General report no. 6 on the lunatic asylums, vaccination and dispensaries in the Bengal Presidency, 1873 -
Year: 1873
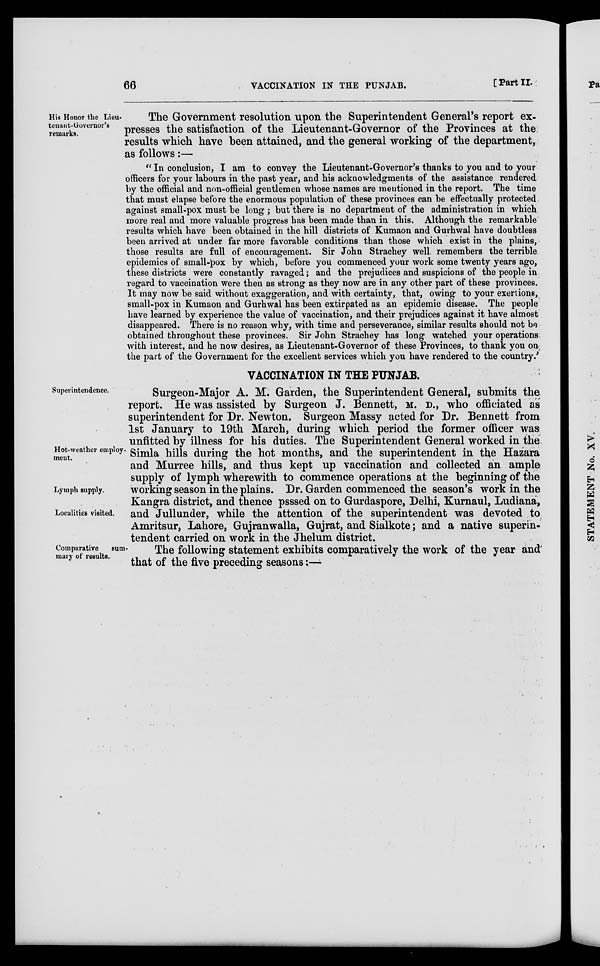
66
VACCINATION IN THE PUNJAB.
[Part II.
His Honor the Lieu¬
tenant-Governor's
remarks.
The Government resolution upon the Superintendent General's report ex¬
presses the satisfaction of the Lieutenant-Governor of the Provinces at the
results which have been attained, and the general working of the department,
as follows:—
" In conclusion, I am to convey the Lieutenant-Governor's thanks to you and to your
officers for your labours in the past year, and his acknowledgments of the assistance rendered
by the official and non-official gentlemen whose names are mentioned in the report. The time
that must elapse before the enormous population of these provinces can be effectually protected
against small-pox must be long ; but there is no department of the administration in which
more real and more valuable progress has been made than in this. Although the remarkable
results which have been obtained in the hill districts of Kumaon and Gurhwal have doubtless
been arrived at under far more favorable conditions than those which exist in the plains,
those results are full of encouragement. Sir John Strachey well remembers the terrible
epidemics of small-pox by which, before you commenced your work some twenty years ago,
these districts were constantly ravaged; and the prejudices and suspicions of the people in
regard to vaccination were then as strong as they now are in any other part of these provinces.
It may now be said without exaggeration, and with certainty, that, owing to your exertions,
small-pox in Kumaon and Gurhwal has been extirpated as an epidemic disease. The people
have learned by experience the value of vaccination, and their prejudices against it have almost
disappeared. There is no reason why, with time and perseverance, similar results should not be
obtained throughout these provinces. Sir John Strachey has long watched your operations
with interest, and he now desires, as Lieutenant-Governor of these Provinces, to thank you on
the part of the Government for the excellent services which you have rendered to the country.'
VACCINATION IN THE PUNJAB.
Superintendence.
Hot-weather employ¬
ment.
Lymph supply.
Localities visited.
Surgeon-Major A. M. Garden, the Superintendent General, submits the
report. He was assisted by Surgeon J. Bennett, M. D., who officiated as
superintendent for Dr. Newton. Surgeon Massy acted for Dr. Bennett from
1st January to 19th March, during which period the former officer was
unfitted by illness for his duties. The Superintendent General worked in the
Simla hills during the hot months, and the superintendent in the Hazara
and Murree hills, and thus kept up vaccination and collected an ample
supply of lymph wherewith to commence operations at the beginning of the
working season in the plains. Dr. Garden commenced the season's work in the
Kangra district, and thence psssed on to Gurdaspore, Delhi, Kurnaul, Ludiana,
and Jullunder, while the attention of the superintendent was devoted to
Amritsur, Lahore, Gujranwalla, Gujrat, and Sialkote; and a native superin-
tendent carried on work in the Jhelum district.
Comparative
sum-
mary of results.
The following statement exhibits comparatively the work of the year and
that of the five preceding seasons:—